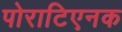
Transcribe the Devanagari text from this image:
पोराटिएनक